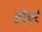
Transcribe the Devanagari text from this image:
डोएर्र